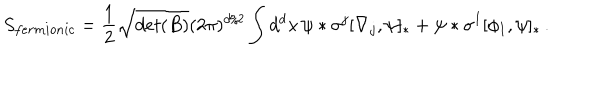
LaTeX: S _ { f e r m i o n i c } = \frac { 1 } { 2 } \sqrt { d e t ( B ) } ( 2 \pi ) ^ { d / 2 } \int d ^ { d } x \, \psi \ast \sigma ^ { j } [ \nabla _ { j } , \psi ] _ { \ast } + \psi \ast \sigma ^ { I } [ \phi _ { I } , \psi ] _ { \ast } \, .